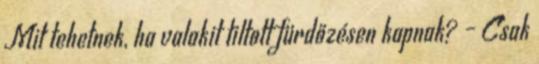
Mit tehetnek, ha valakit tiltott fürdőzésen kapnak? – Csak